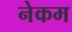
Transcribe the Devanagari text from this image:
नेकम